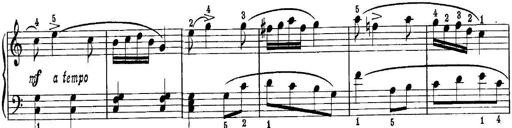
Title: Quatres sonatines
Composer: Tadeusz Joteyko